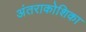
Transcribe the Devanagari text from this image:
अंतराकोशिका